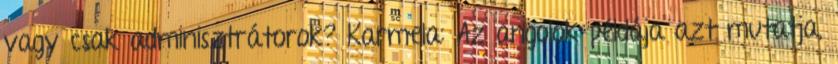
vagy csak adminisztrátorok? Karmela: Az angolok példája azt mutatja,